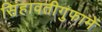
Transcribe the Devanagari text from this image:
सिंहावतीगुफामें